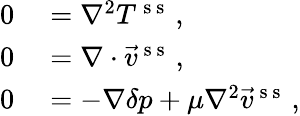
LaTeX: \begin{array}{rl}{0}&{{}=\nabla^{2}T^{\mathrm{~s~s~}}\, ,}\\ {0}&{{}=\nabla\cdot\vec{v}^{\mathrm{~s~s~}}\, ,}\\ {0}&{{}=-\nabla\delta p+\mu\nabla^{2}\vec{v}^{\mathrm{~s~s~}}\, ,}\end{array}